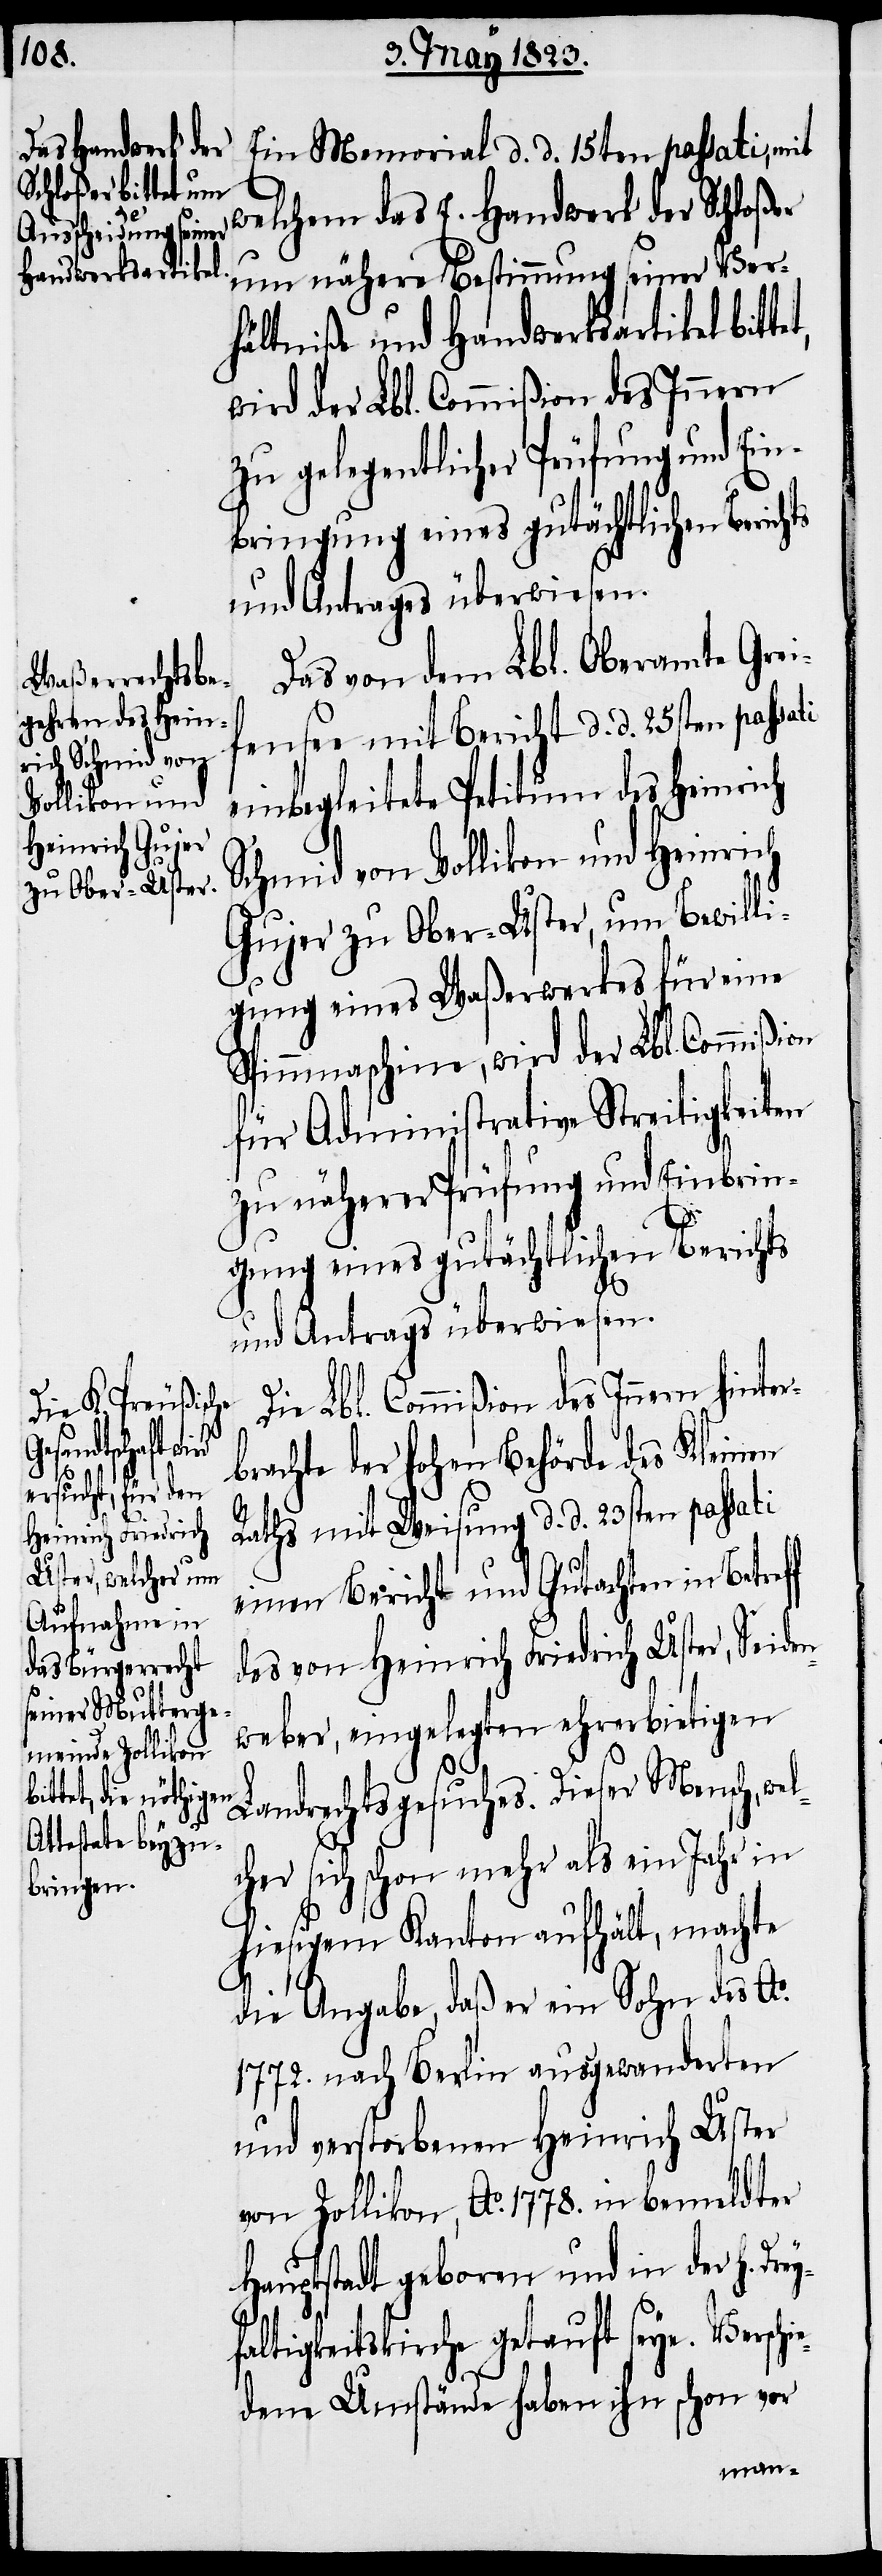
ey¬

Ein Memorial d. d. 15ten passati, mit
welchem das E. Handwerk der Schloßer
um nähere Bestimmung seiner Ver¬
hältniße und Handwerksartikel bitt¬
wird der Lbl. Commißion des Innern
zu gelegentlicher Prüfung und Ein¬
bringung eines gutächtlichen Berichts
und Antrages überwiesen.
Das von dem Lbl. Oberamte Grei¬
fensee mit Bericht d. d. 25sten passa¬
einbegleitete Petitum des Heinrich
Schmid von Vollikon und Heinrich
Gujer zu Ober-Uster, um Bewilli¬
gung eines Waßerwerkes für eine
Spinnmaschine, wird der Lbl. Commißion
für Administrative Streitigkeiten
zu näherer Prüfung und Einbrin¬
gung eines gutächtlichen Berichts
und Antrags überwiesen.
Die Lbl. Commißion des Innern hinte¬
brachte der hohen Behörde des Kleinen
Raths mit Weisung d. d. 23sten passati
einen Bericht und Gutachten in Betref¬
des von Heinrich Friedrich Uster, Seiden¬
weber, eingelegten ehrerbietigen
Landrechtsgesuches. Dieser Mensch, we¬
her sich schon mehr als ein Jahr in
hiesigem Kanton aufhält, machte
die Angabe, daß er ein Sohn des Ao.
1772. nach Berlin ausgewanderten
und verstorbenen Heinrich Uster
von Zollikon, Ao. 1778. in bemeldter
Hauptstadt geboren und in der h. Dr¬
faltigkeitskirche getauft seye. Versch¬
iedene Umstände haben ihn schon vor